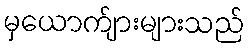
မှယောက်ျားများသည်